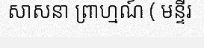
សាសនា ព្រាហ្មណ៍ ( មន្ទីរ